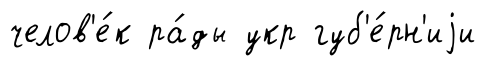
челов'е́к ра́ды укр губ'е́рн'иjи